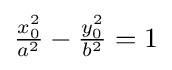
{\tfrac {x_{0}^{2}}{a^{2}}}-{\tfrac {y_{0}^{2}}{b^{2}}}=1